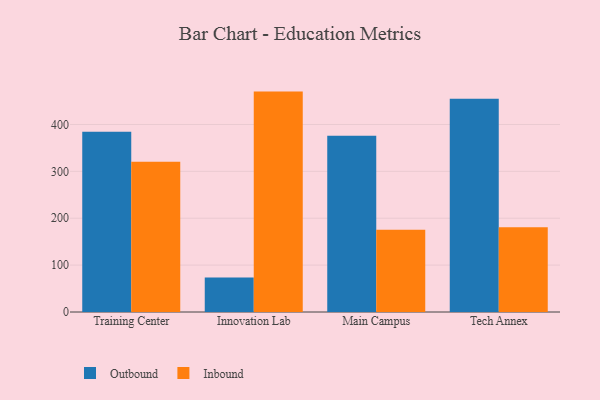
{"axis": {"x": "Campus", "y": "Revenue (USD Million)"}, "legend": ["Inbound", "Outbound"], "data": [{"x": "Training Center", "y": 384.4, "type": "Outbound"}, {"x": "Training Center", "y": 320.6, "type": "Inbound"}, {"x": "Innovation Lab", "y": 73.6, "type": "Outbound"}, {"x": "Innovation Lab", "y": 470.1, "type": "Inbound"}, {"x": "Main Campus", "y": 375.8, "type": "Outbound"}, {"x": "Main Campus", "y": 175.6, "type": "Inbound"}, {"x": "Tech Annex", "y": 455.0, "type": "Outbound"}, {"x": "Tech Annex", "y": 180.8, "type": "Inbound"}]}